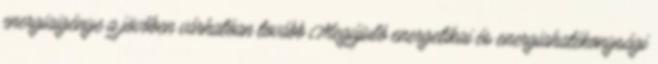
energiaigénye a jövőben várhatóan tovább Megújuló energetikai és energiahatékonysági